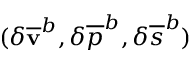
( \delta { \mathbf { \overline { { v } } } } ^ { b } , \delta { \overline { { p } } ^ { b } } , \delta { { \overline { { s } } } ^ { b } } )